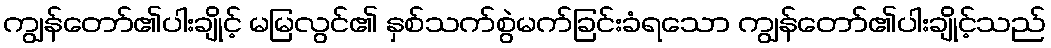
ကျွန်တော်၏ပါးချိုင့် မမြလွင်၏ နှစ်သက်စွဲမက်ခြင်းခံရသော ကျွန်တော်၏ပါးချိုင့်သည်